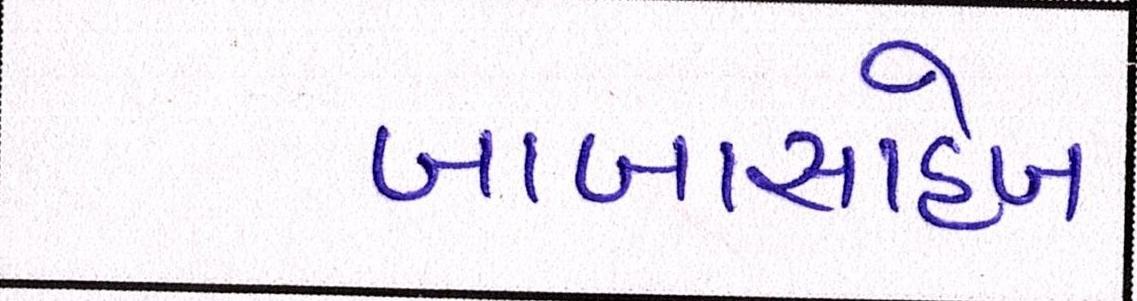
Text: બાબાસાહેબ